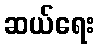
ဆယ်ရေး